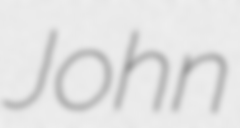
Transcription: John